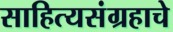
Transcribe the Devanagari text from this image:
साहित्यसंग्रहाचे